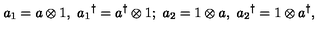
a _ { 1 } = a \otimes 1 , \ { a _ { 1 } } ^ { \dagger } = a ^ { \dagger } \otimes 1 ; \ a _ { 2 } = 1 \otimes a , \ { a _ { 2 } } ^ { \dagger } = 1 \otimes a ^ { \dagger } ,